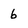
Character: 6